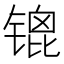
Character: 𫔇